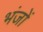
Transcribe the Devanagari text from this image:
भंजों